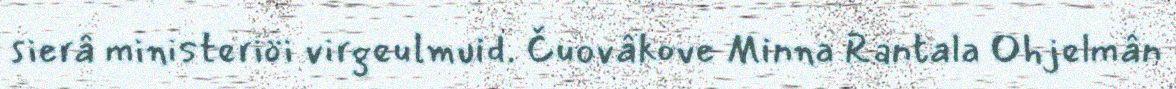
sierâ ministeriöi virgeulmuid. Čuovâkove Minna Rantala Ohjelmân